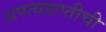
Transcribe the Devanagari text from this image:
अपत्यप्राप्तीची